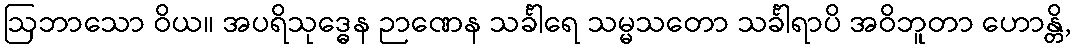
ဩဘာသော ဝိယ။ အပရိသုဒ္ဓေန ဉာဏေန သင်္ခါရေ သမ္မသတော သင်္ခါရာပိ အဝိဘူတာ ဟောန္တိ,